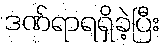
ဒဏ်ရာရရှိခဲ့ပြီး